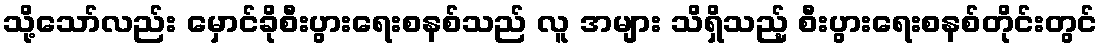
သို့သော်လည်း မှောင်ခိုစီးပွားရေးစနစ်သည် လူ အများ သိရှိသည့် စီးပွားရေးစနစ်တိုင်းတွင်